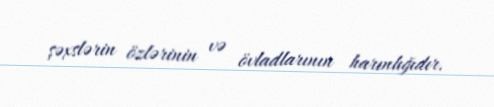
şəxslərin özlərinin və övladlarının harınlığıdır.